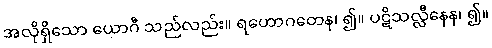
အလိုရှိသော ယောဂီ သည်လည်း။ ရဟောဂတေန၊ ၍။ ပဋိသလ္လီနေန၊ ၍။